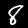
Digit: 8